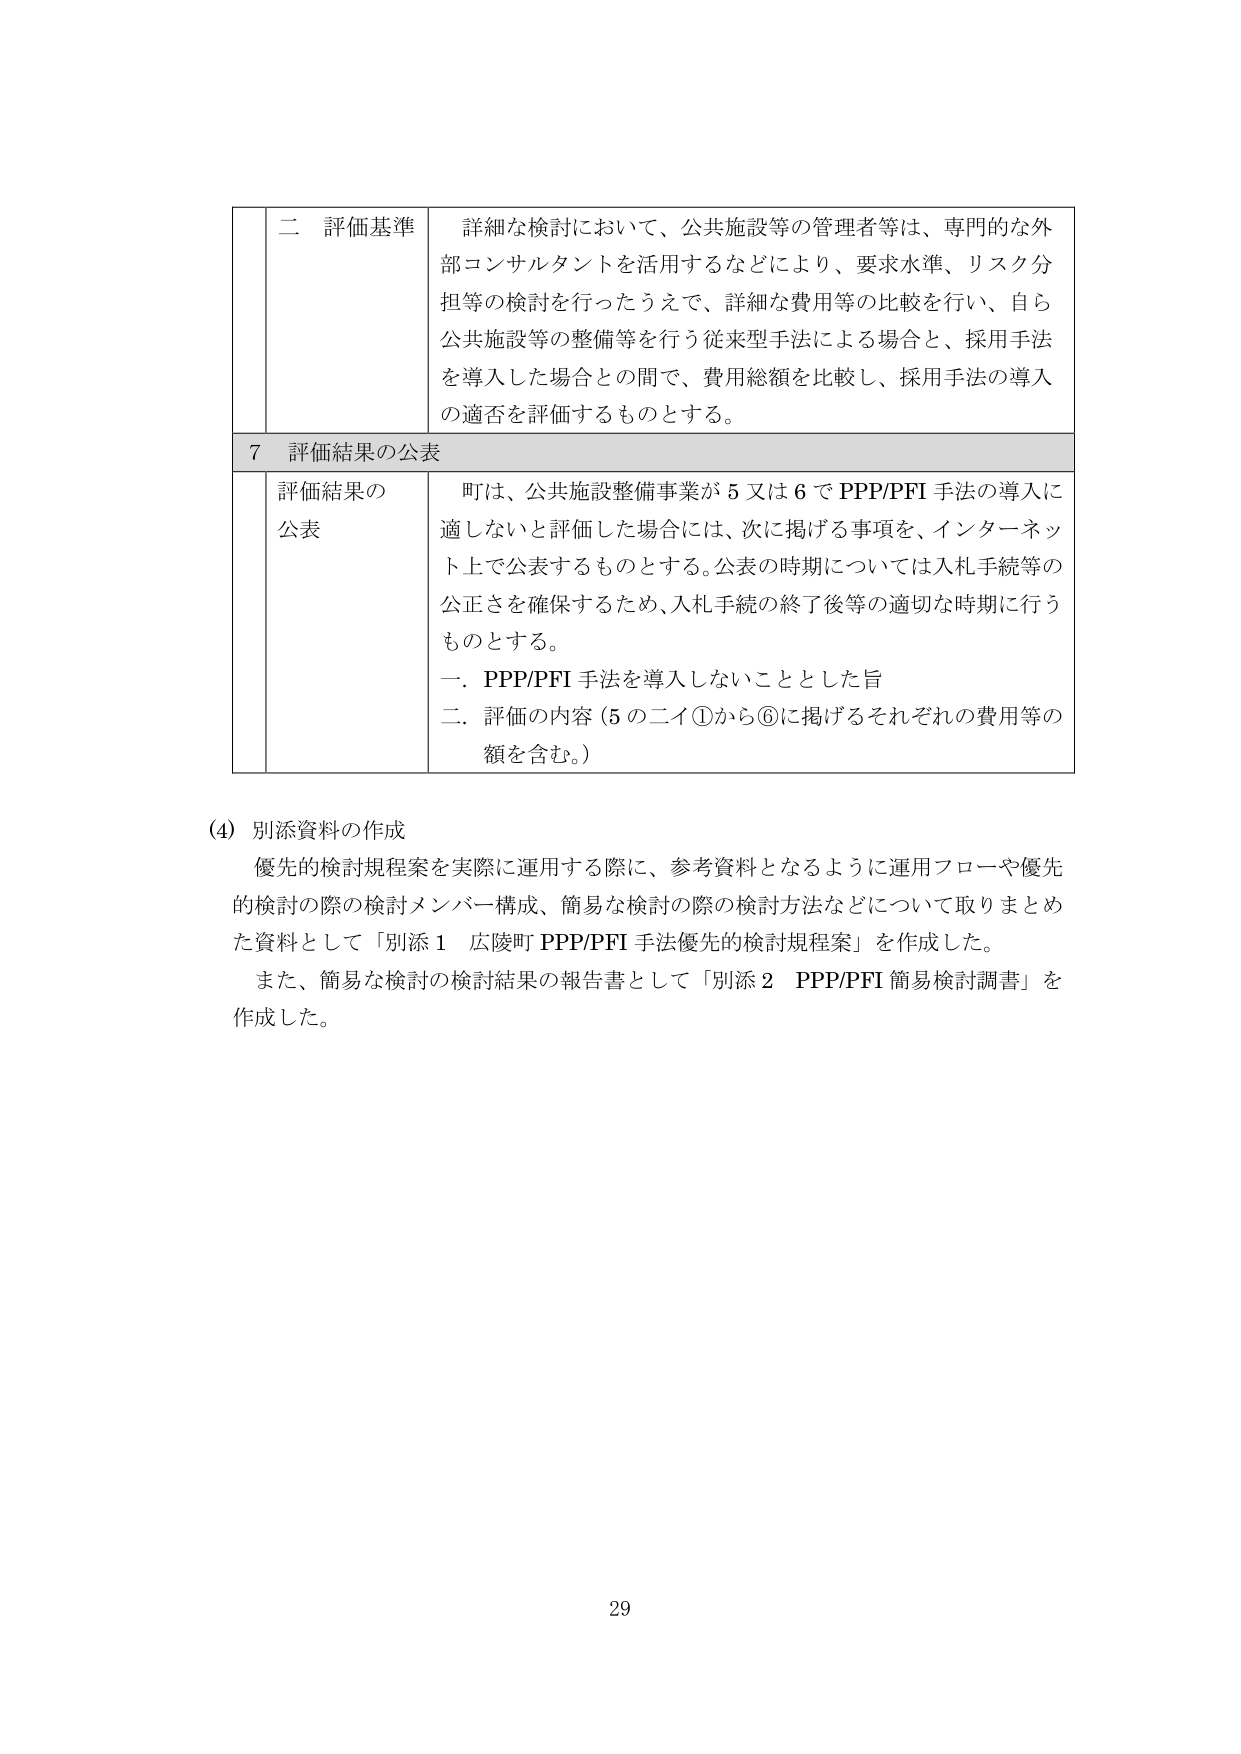
二 評価基準 詳細な検討において、公共施設等の管理者等は、専門的な外部コンサルタントを活用するなどにより、要求水準、リスク分担等の検討を行ったうえで、詳細な費用等の比較を行い、自ら公共施設等の整備等を行う従来型手法による場合と、採用手法を導入した場合との間で、費用総額を比較し、採用手法の導入の適否を評価するものとする。

7 評価結果の公表

評価結果の公表 町は、公共施設整備事業が5又は6でPPP/PFI手法の導入に適しないと評価した場合には、次に掲げる事項を、インターネット上で公表するものとする。公表の時期については入札手続等の公正さを確保するため、入札手続の終了後等の適切な時期に行うものとする。
一．PPP/PFI手法を導入しないこととした旨
二．評価の内容（5の二イ①から⑥に掲げるそれぞれの費用等の額を含む。）

(4) 別添資料の作成
優先的検討規程案を実際に運用する際に、参考資料となるように運用フローや優先的検討の際の検討メンバー構成、簡易な検討の際の検討方法などについて取りまとめた資料として「別添1 広陵町 PPP/PFI手法優先的検討規程案」を作成した。
また、簡易な検討の検討結果の報告書として「別添2 PPP/PFI簡易検討調書」を作成した。

29